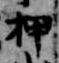
押